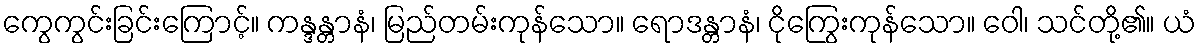
ကွေကွင်းခြင်းကြောင့်။ ကန္ဒန္တာနံ၊ မြည်တမ်းကုန်သော။ ရောဒန္တာနံ၊ ငိုကြွေးကုန်သော။ ဝေါ၊ သင်တို့၏။ ယံ